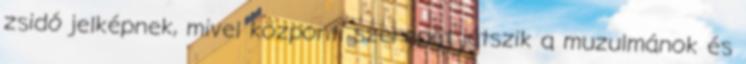
zsidó jelképnek, mivel központi szerepet játszik a muzulmánok és